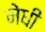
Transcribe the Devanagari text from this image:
मेधी